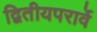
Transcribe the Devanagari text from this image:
द्वितीयपरार्वे